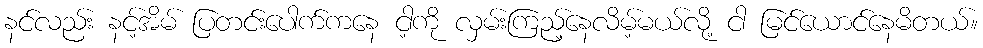
နင်လည်း နင့်အိမ် ပြတင်းပေါက်ကနေ ငါ့ကို လှမ်းကြည့်နေလိမ့်မယ်လို့ ငါ မြင်ယောင်နေမိတယ်။